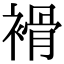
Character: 𧜓